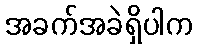
အခက်အခဲရှိပါက